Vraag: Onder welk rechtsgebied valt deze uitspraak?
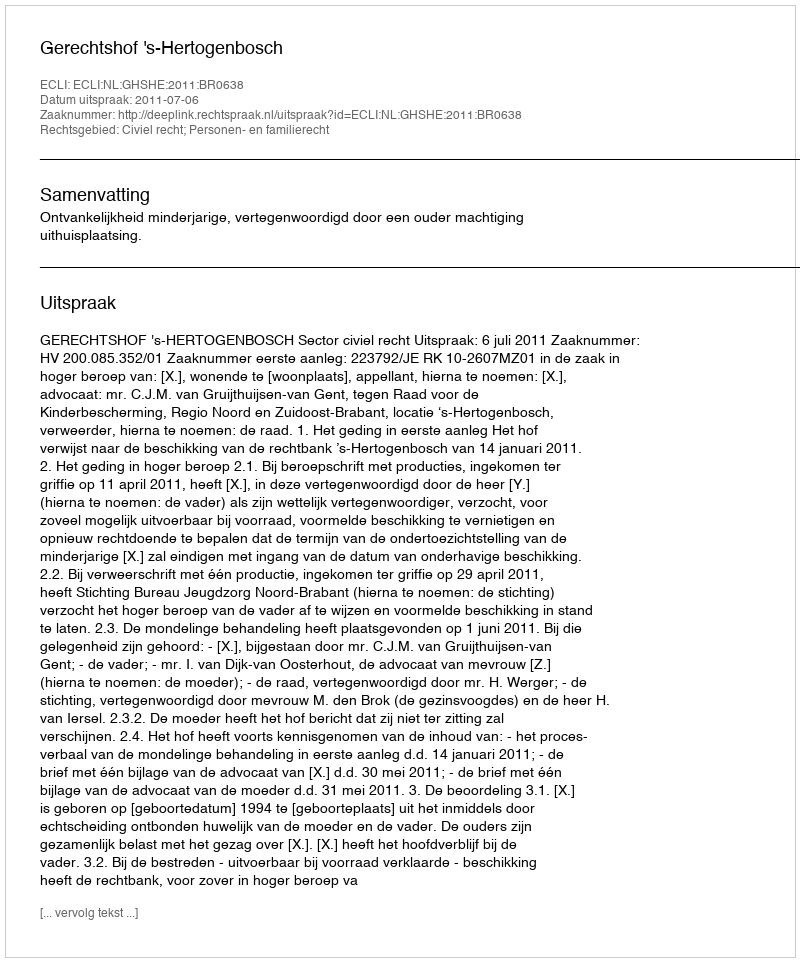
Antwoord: Civiel recht; Personen- en familierecht